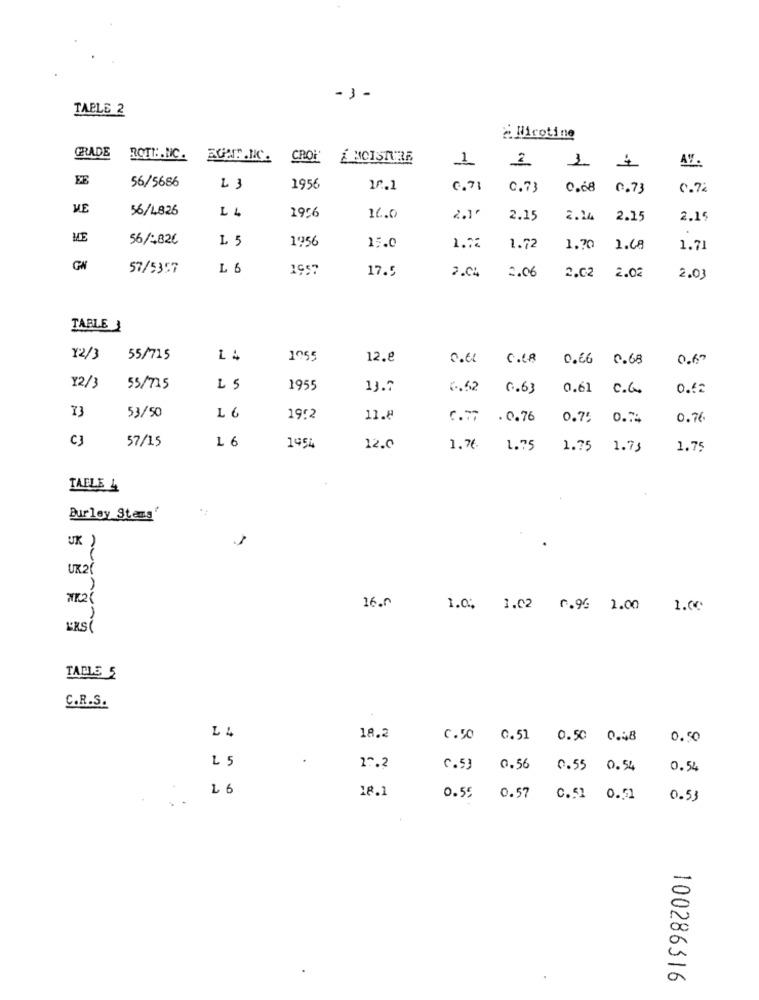
-3-
TABLE 2
2 Nicotine
GRADE
ROTH.NC. AGA.IC.
CROi'
MOISTURE
1
AV.
2
FE
56/5686
L3
1956
20.1
6. 71
C.73
0.68
0.73
0.7%
VE
56/4826
14
1956
16.0
2.1º
2.15
2.14
2.15
2.15
ME
56/-820
1 5
1956
15.0
1.72
1.72
1.70
2.C8
1.71
GN
57/5357
L 6
1957
17.5
2.04
2.06
2.02 2.02
2.03
TABLE 3
12/3
55/715
1055
12.8
C.CA
0.66 0.68
0.60
Y2/3
55/715
1955
13.7
6.52
0.63
0.61 C.C.
0.52
73
53/50
L 6
19:2
11.8
6.77
.0.76
0.75 0.74
0.76
C3
57/15
1 6
1954
12.0
1.76
1.75
1.75 1.73
1.75
TAELE 4
Bur ley Stems'
UK )
UK2(
16.0
1.C. 1.02 0.95 1.00 1.00
TABLE 5
C.R.S.
18.2
0.50 0.51 0.50 0.48
0.50
25
27.2
c.53
0.56
0.55 0.54
0.54
L 6
18.1
0.55
0.57 0.51 0.51 0.53
100286316